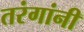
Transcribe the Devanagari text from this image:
तरंगांनी